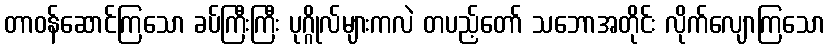
တာဝန်ဆောင်ကြသော ခပ်ကြီးကြီး ပုဂ္ဂိုလ်များကလဲ တပည့်တော် သဘောအတိုင်း လိုက်လျောကြသော